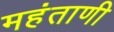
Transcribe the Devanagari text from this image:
महंताणी